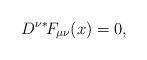
LaTeX: \begin{align*}D^\nu {}^*\!F_{\mu\nu}(x) = 0,\end{align*}